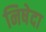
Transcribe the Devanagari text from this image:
निषेदा